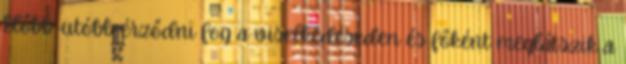
Előbb-utóbb érződni fog a viselkedéseden és főként meglátszik a